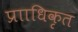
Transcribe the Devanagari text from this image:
प्रााधिकृत